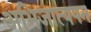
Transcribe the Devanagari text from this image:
अभिजात्यपन